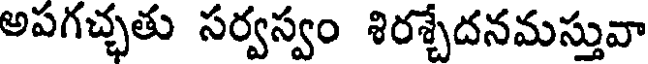
అపగచ్చతు సర్వస్వం శిరశ్చేదనమస్తువా